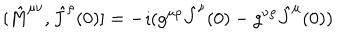
[ { \hat { M } } ^ { \mu \nu } , { \hat { J } } ^ { \rho } ( 0 ) ] = - \imath ( g ^ { \mu \rho } { \hat { J } } ^ { \nu } ( 0 ) - g ^ { \nu \rho } { \hat { J } } ^ { \mu } ( 0 ) )